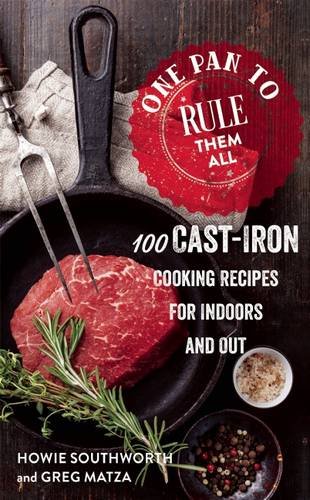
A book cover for One Pan to Rule Them All: 100 Cast-Iron Cooking Recipes for Indoors and Out; Howie Southworth; Cookbooks, Food & Wine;